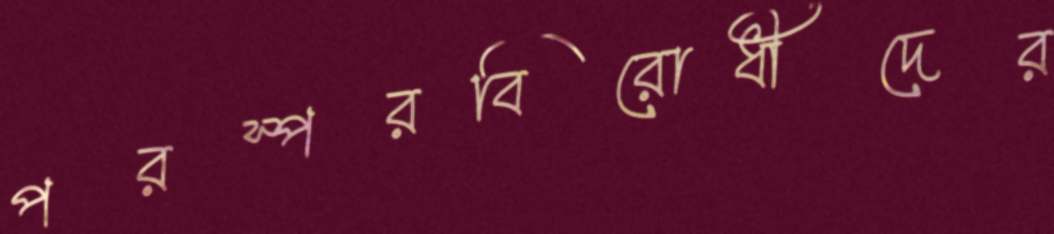
পরস্পরবিরোধীদের